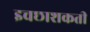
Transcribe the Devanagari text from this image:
इचछाशकती